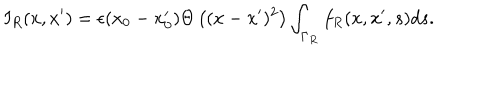
I _ { R } ( x , x ^ { \prime } ) = \epsilon ( x _ { 0 } - x _ { 0 } ^ { \prime } ) \Theta \left( ( x - x ^ { \prime } ) ^ { 2 } \right) \int _ { \Gamma _ { R } } f _ { R } ( x , x ^ { \prime } , s ) d s .